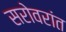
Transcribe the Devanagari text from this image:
सरोवरांत